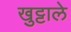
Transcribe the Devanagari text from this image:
खुट्टाले